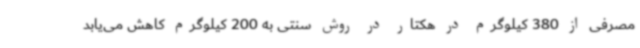
مصرفی از 380 کیلوگرم در هکتار در روش سنتی به 200 کیلوگرم کاهش می‌یابد